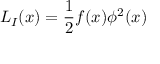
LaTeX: { \cal L } _ { I } ( x ) = { \frac { 1 } { 2 } } f ( x ) \phi ^ { 2 } ( x )